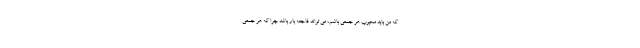
که من باید محبوب هر جمعی باشم، می تواند فاجعه بار باشد چرا که هر جمعی